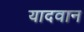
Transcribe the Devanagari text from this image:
यादवान